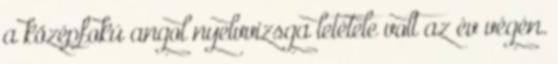
a középfokú angol nyelvvizsga letétele volt az év végén.